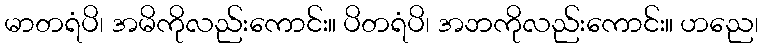
မာတရံပိ၊ အမိကိုလည်းကောင်း။ ပိတရံပိ၊ အဘကိုလည်းကောင်း။ ဟညေ၊